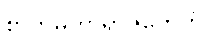
စာတုမဟာရာဇိကေဟိ